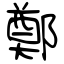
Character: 鄭